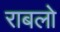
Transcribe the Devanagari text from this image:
राबलो